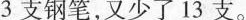
3支钢笔，又少了13支。